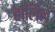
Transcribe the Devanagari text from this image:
हालिल